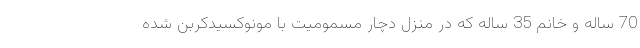
70 ساله و خانم 35 ساله که در منزل دچار مسمومیت با مونوکسیدکربن شده